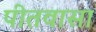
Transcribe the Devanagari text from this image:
पीतवासा